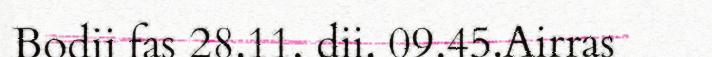
Bodii fas 28.11. dii. 09.45.Airras